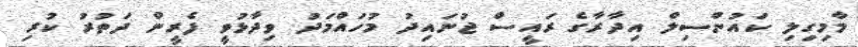
މާމިގިލި ކައުންސިލް އިދާރާގެ ރައީސް ޖުނައިދު މުހައްމަދު ވިދާޅުވީ ފެރީން ދަތުރު ކުރި